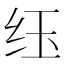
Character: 𮶀